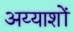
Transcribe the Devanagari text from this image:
अय्याशों